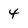
Character: 4